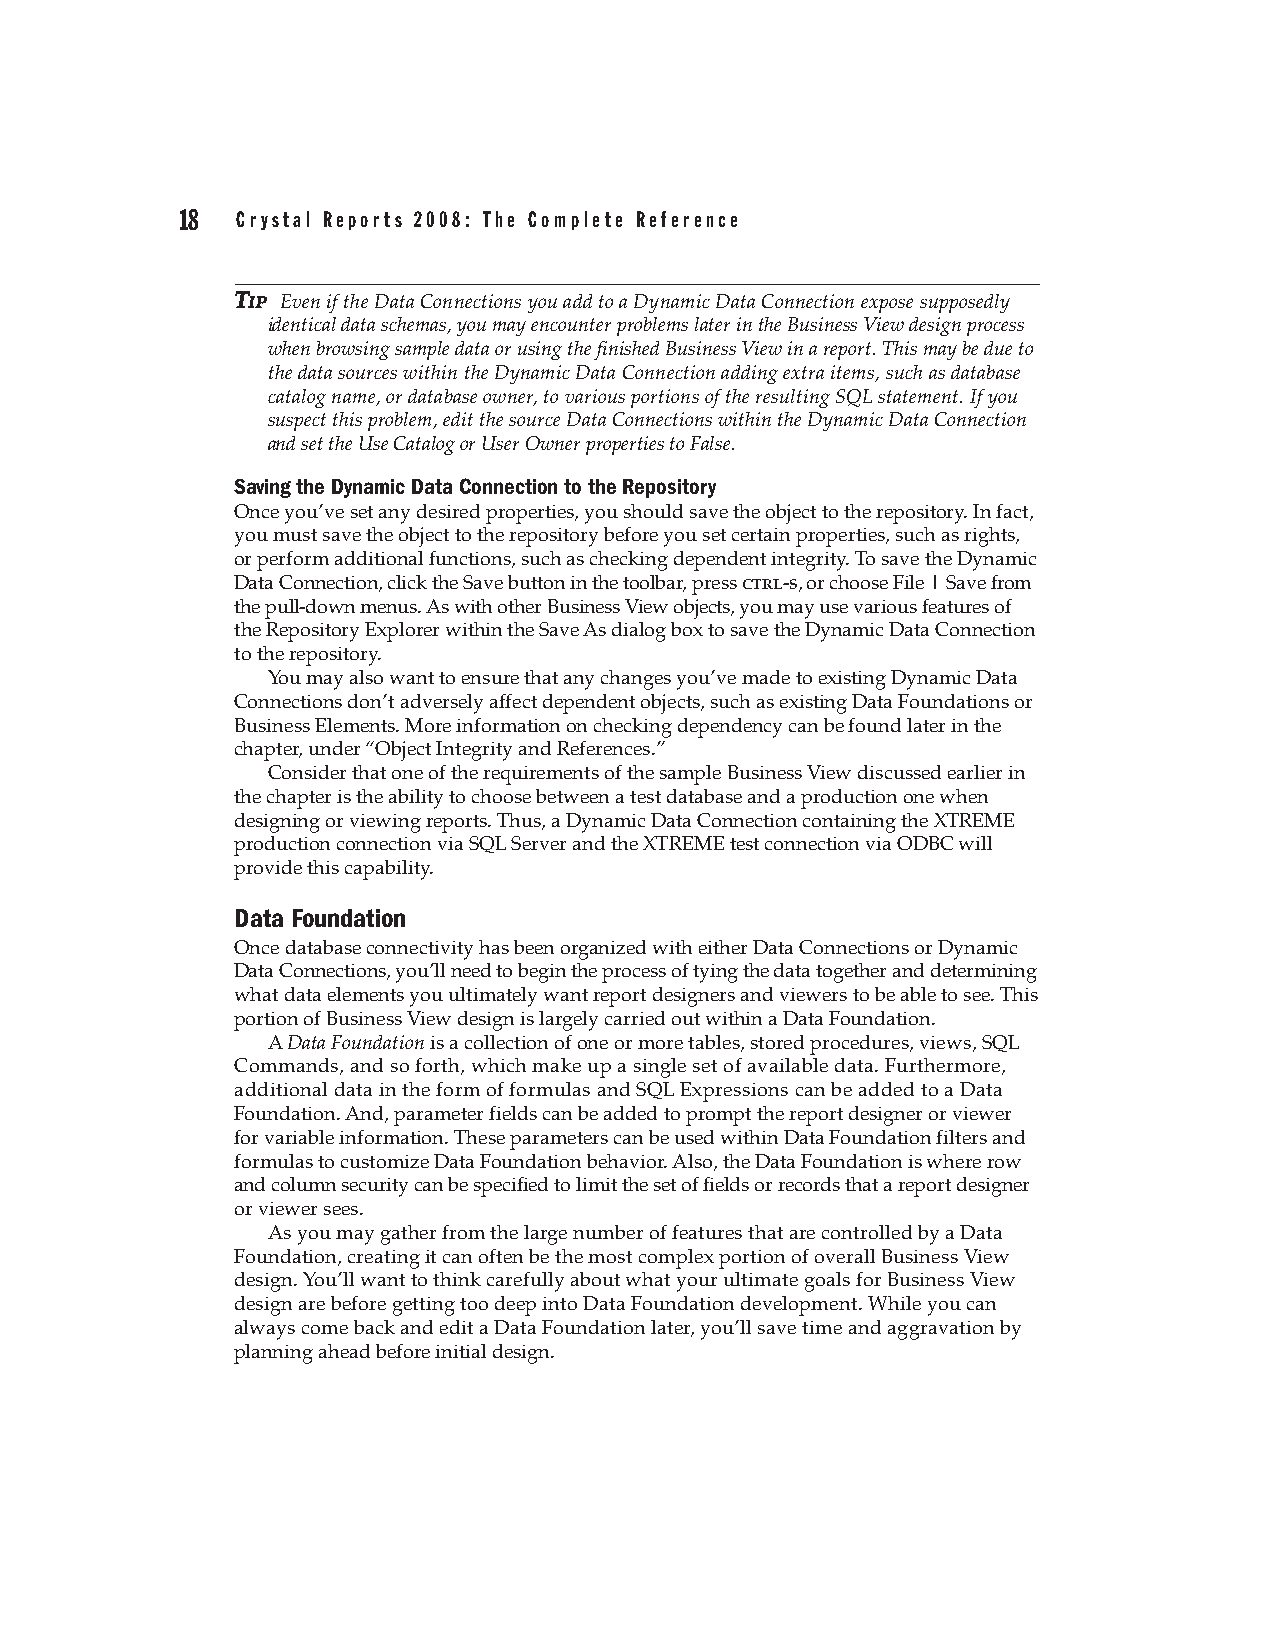
18  Crystal Reports 2008: The Complete Reference
 TTIIPP Even if the Data Connections you add to a Dynamic Data Connection expose supposedly
 identical data schemas, you may encounter problems later in the Business View design process
 when browsing sample data or using the finished Business View in a report. This may be due to
 the data sources within the Dynamic Data Connection adding extra items, such as database
 catalog name, or database owner, to various portions of the resulting SQL statement. If you
 suspect this problem, edit the source Data Connections within the Dynamic Data Connection
 and set the Use Catalog or User Owner properties to False.
 Saving the Dynamic Data Connection to the Repository
 Once you’ve set any desired properties, you should save the object to the repository. In fact,
 you must save the object to the repository before you set certain properties, such as rights,
 or perform additional functions, such as checking dependent integrity. To save the Dynamic
 Data Connection, click the Save button in the toolbar, press ctrl-s, or choose File | Save from
 the pull-down menus. As with other Business View objects, you may use various features of
 the Repository Explorer within the Save As dialog box to save the Dynamic Data Connection
 to the repository.
 You may also want to ensure that any changes you’ve made to existing Dynamic Data
 Connections don’t adversely affect dependent objects, such as existing Data Foundations or
 Business Elements. More information on checking dependency can be found later in the
 chapter, under “Object Integrity and References.”
 Consider that one of the requirements of the sample Business View discussed earlier in
 the chapter is the ability to choose between a test database and a production one when
 designing or viewing reports. Thus, a Dynamic Data Connection containing the XTREME
 production connection via SQL Server and the XTREME test connection via ODBC will
 provide this capability.
 Data Foundation
 Once database connectivity has been organized with either Data Connections or Dynamic
 Data Connections, you’ll need to begin the process of tying the data together and determining
 what data elements you ultimately want report designers and viewers to be able to see. This
 portion of Business View design is largely carried out within a Data Foundation.
 A Data Foundation is a collection of one or more tables, stored procedures, views, SQL
 Commands, and so forth, which make up a single set of available data. Furthermore,
 additional data in the form of formulas and SQL Expressions can be added to a Data
 Foundation. And, parameter fields can be added to prompt the report designer or viewer
 for variable information. These parameters can be used within Data Foundation filters and
 formulas to customize Data Foundation behavior. Also, the Data Foundation is where row
 and column security can be specified to limit the set of fields or records that a report designer
 or viewer sees.
 As you may gather from the large number of features that are controlled by a Data
 Foundation, creating it can often be the most complex portion of overall Business View
 design. You’ll want to think carefully about what your ultimate goals for Business View
 design are before getting too deep into Data Foundation development. While you can
 always come back and edit a Data Foundation later, you’ll save time and aggravation by
 planning ahead before initial design.